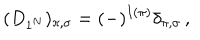
LaTeX: ( D _ { 1 ^ { N } } ) _ { \pi , \sigma } = ( - ) ^ { I ( \pi ) } \delta _ { \pi , \sigma } \, ,